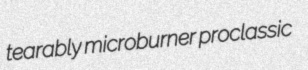
tearably microburner proclassic